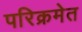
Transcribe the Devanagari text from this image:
परिक्रमेत